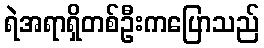
ရဲအရာရှိတစ်ဦးကပြောသည်